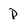
Character: p